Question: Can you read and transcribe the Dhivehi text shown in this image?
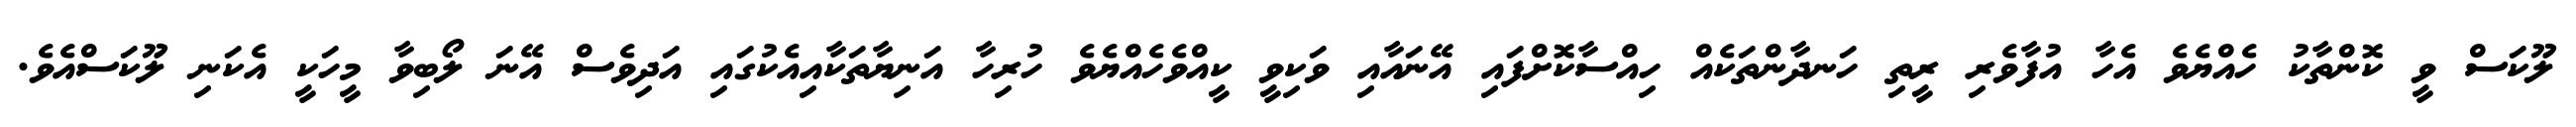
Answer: ލޫކަސް ވީ ކޮންތާކު ހެއްޔެވެ އެހާ އުފާވެރި ރީތި ހަނދާންތަކެއް ހިއްސާކޮށްފައި އޭނައާއި ވަކިވީ ކީއްވެހެއްޔެވެ ހުރިހާ އަނިޔާތަކާއިއެކުގައި އަދިވެސް އޭނަ ލޯބިވާ މީހަކީ އެކަނި ލޫކަސްއެވެ.